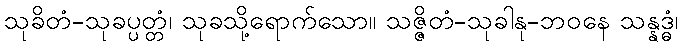
သုခိတံ-သုခပ္ပတ္တံ၊ သုခသို့ရောက်သော။ သဇ္ဇိတံ-သုခါနု-ဘဝနေ သန္နဒ္ဓံ၊